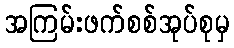
အကြမ်းဖက်စစ်အုပ်စုမှ